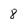
Character: 8